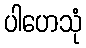
ပါဟေသုံ